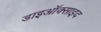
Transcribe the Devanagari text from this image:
डाइऑक्साइद